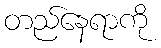
တည်နေရာကို